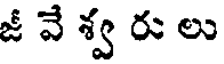
జీ వే శ్వ రు లు